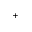
^ +